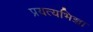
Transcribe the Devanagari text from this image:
प्रयत्यभिज्ञा